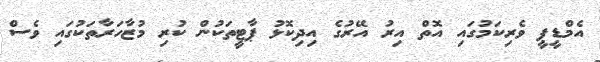
އެމްޑީޕީ ވެރިކަމުގައި އޮތް އިރު އޭރުގެ އިދިކޮޅު ޕާޓީތަކުން ކުރި މުޒާހަރާތަކުގައި ވެސް